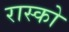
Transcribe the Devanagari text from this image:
रास्को